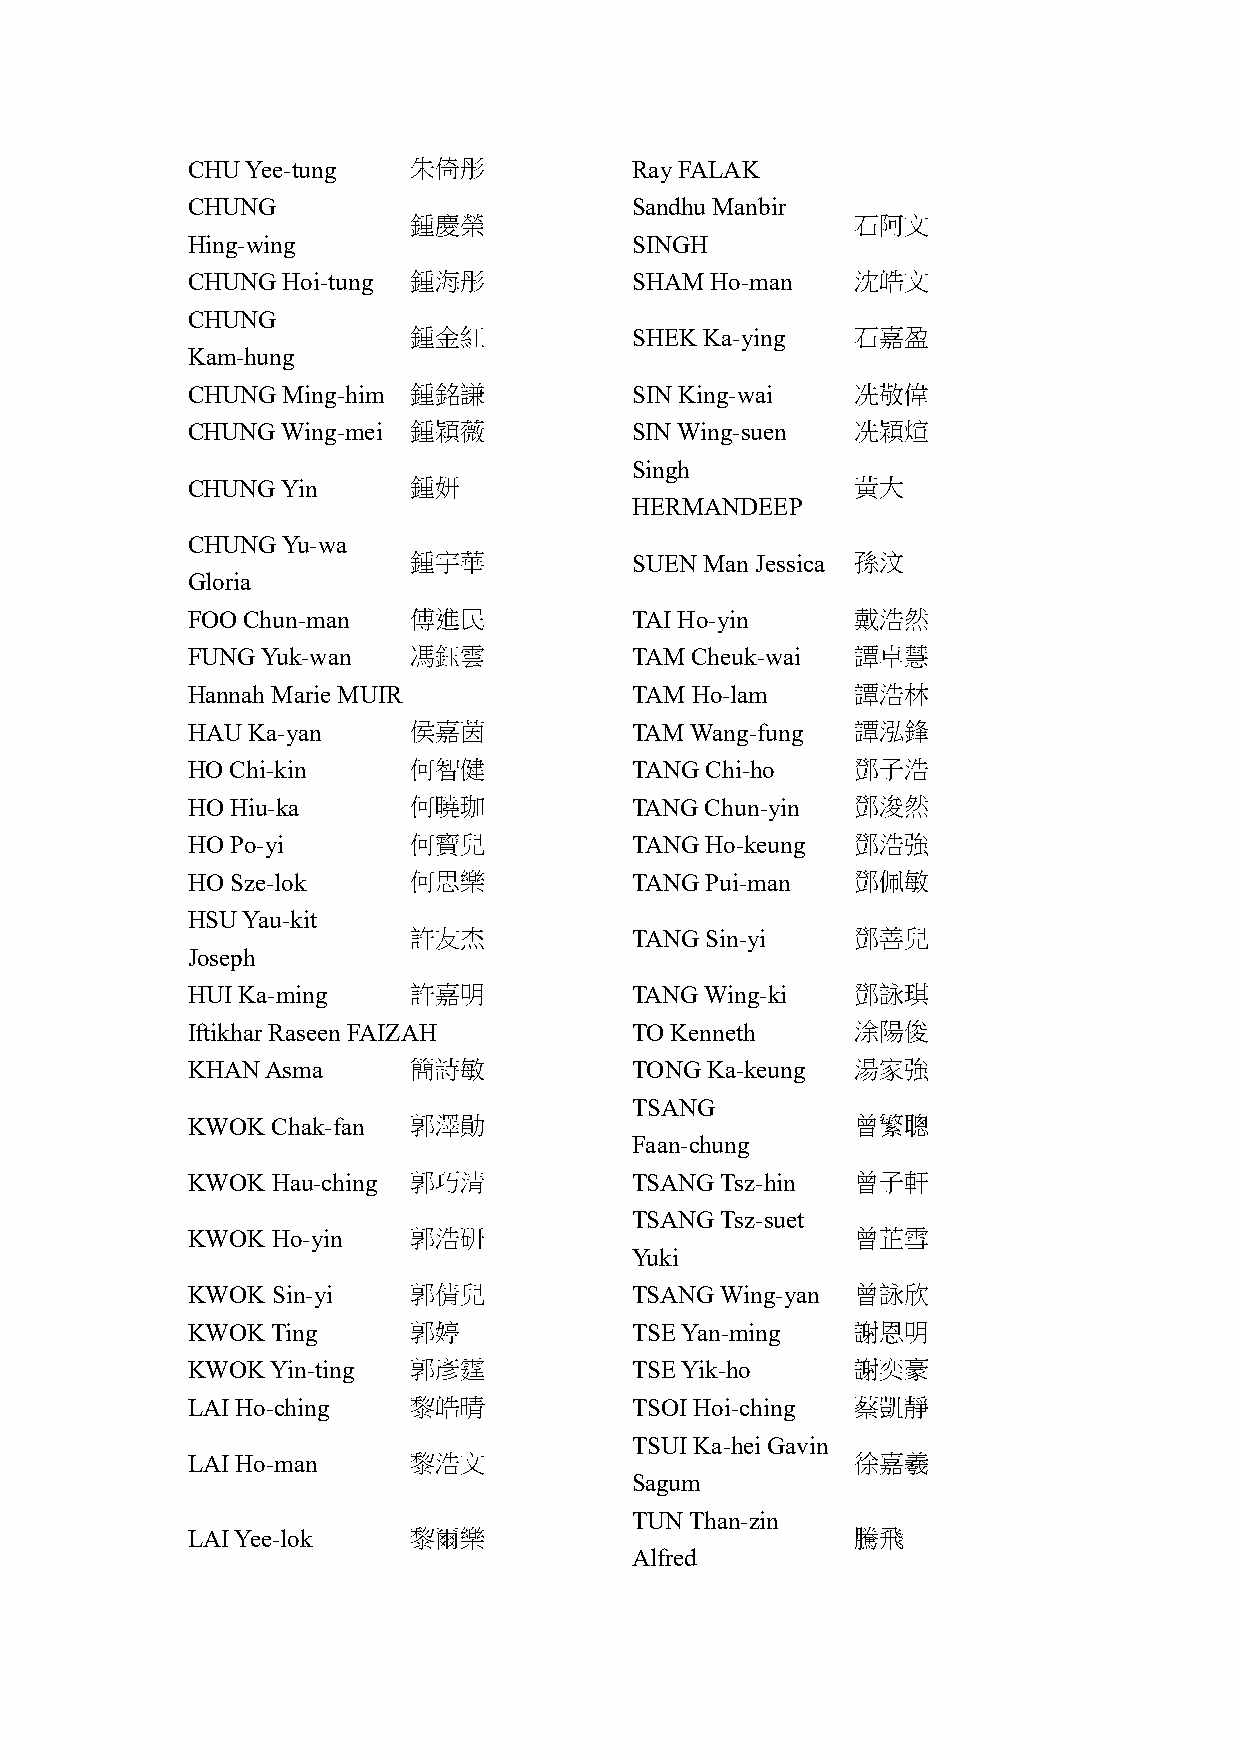
CHU Yee-tung   朱倚彤            Ray FALAK
 CHUNG                         Sandhu Manbir
 鍾慶榮                           石阿文
 Hing-wing                     SINGH
 CHUNG  Hoi-tung 鍾海彤           SHAM Ho-man    沈皓文
 CHUNG
 鍾金紅            SHEK Ka-ying   石嘉盈
 Kam-hung
 CHUNG  Ming-him 鍾銘謙           SIN King-wai   冼敬偉
 CHUNG  Wing-mei 鍾穎薇           SIN Wing-suen  冼穎煊
 Singh
 CHUNG  Yin     鍾妍                            黃大
 HERMANDEEP
 CHUNG  Yu-wa
 鍾宇華            SUEN Man Jessica 孫汶
 Gloria
 FOO Chun-man   傅進民            TAI Ho-yin     戴浩然
 FUNG Yuk-wan   馮鈺雲            TAM Cheuk-wai  譚卓慧
 Hannah Marie MUIR             TAM Ho-lam     譚浩林
 HAU Ka-yan     侯嘉茵            TAM Wang-fung  譚泓鋒
 HO Chi-kin     何智健            TANG Chi-ho    鄧子浩
 HO Hiu-ka      何曉珈            TANG Chun-yin  鄧浚然
 HO Po-yi       何寶兒            TANG Ho-keung  鄧浩強
 HO Sze-lok     何思樂            TANG Pui-man   鄧佩敏
 HSU Yau-kit
 許友杰            TANG Sin-yi    鄧善兒
 Joseph
 HUI Ka-ming    許嘉明            TANG Wing-ki   鄧詠琪
 Iftikhar Raseen FAIZAH        TO Kenneth     涂陽俊
 KHAN  Asma     簡詩敏            TONG Ka-keung  湯家強
 TSANG
 KWOK  Chak-fan 郭澤勛                           曾繁聰
 Faan-chung
 KWOK  Hau-ching 郭巧清           TSANG Tsz-hin  曾子軒
 TSANG Tsz-suet
 KWOK  Ho-yin   郭浩研                           曾芷雪
 Yuki
 KWOK  Sin-yi   郭倩兒            TSANG Wing-yan 曾詠欣
 KWOK  Ting     郭婷             TSE Yan-ming   謝恩明
 KWOK  Yin-ting 郭彥霆            TSE Yik-ho     謝奕豪
 LAI Ho-ching   黎皓晴            TSOI Hoi-ching 蔡凱靜
 TSUI Ka-hei Gavin
 LAI Ho-man     黎浩文                           徐嘉羲
 Sagum
 TUN Than-zin
 LAI Yee-lok    黎爾樂                           騰飛
 Alfred